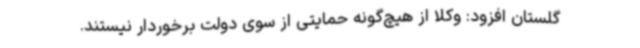
گلستان افزود: وکلا از هیچ‌گونه حمایتی از سوی دولت برخوردار نیستند.